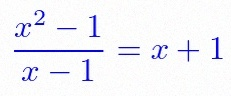
\frac{x^2-1}{x-1}=x+1